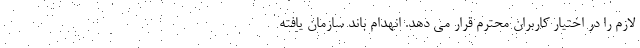
لازم را در اختیار کاربران محترم قرار می دهد. انهدام باند سازمان یافته